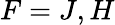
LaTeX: F=J,H